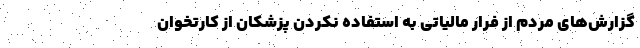
گزارش‌های مردم از فرار مالیاتی به استفاده نکردن پزشکان از کارتخوان